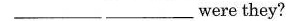
___ ___were they?